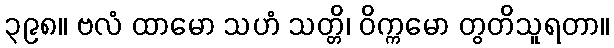
၃၉၈။ ဗလံ ထာမော သဟံ သတ္တိ၊ ဝိက္ကမော တွတိသူရတာ။